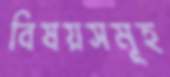
বিষয়সমূহ